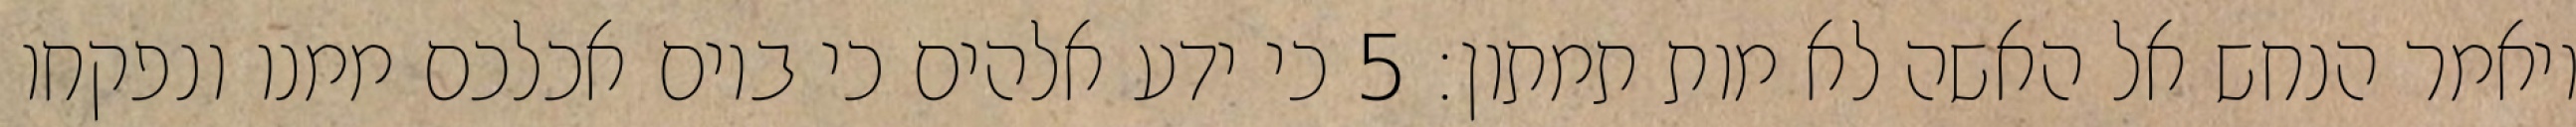
ויאמר הנחש אל האשה לא מות תמתון׃ ‎5‏ כי ידע אלהים כי ביום אכלכם ממנו ונפקחו